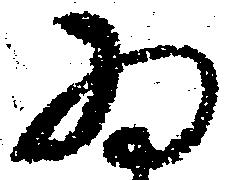
為